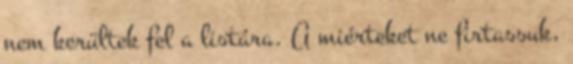
nem kerültek fel a listára. A miérteket ne firtassuk,